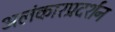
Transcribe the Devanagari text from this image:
अलंकारप्रदर्शन